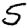
Digit: 5